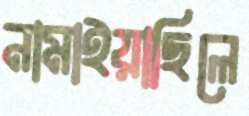
নামাইয়াছিলে